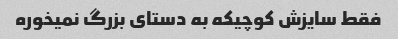
فقط سایزش کوچیکه به دستای بزرگ نمیخوره